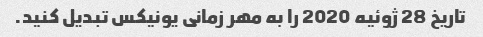
تاریخ 28 ژوئیه 2020 را به مهر زمانی یونیکس تبدیل کنید.